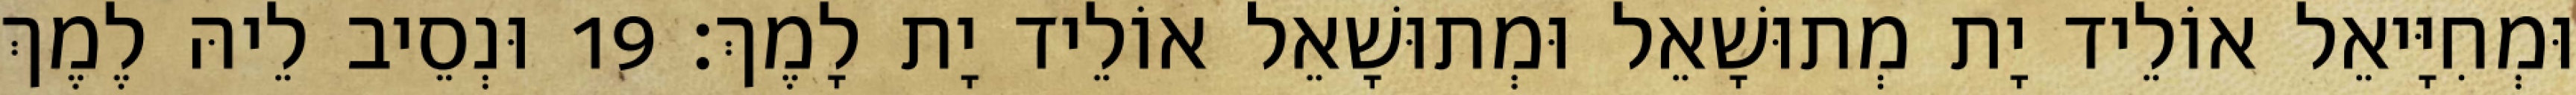
וּמְחִיָּיאֵל אוֹלֵיד יָת מְתוּשָׁאֵל וּמְתוּשָׁאֵל אוֹלֵיד יָת לָמֶךְ׃ 19 וּנְסֵיב לֵיהּ לֶמֶךְ